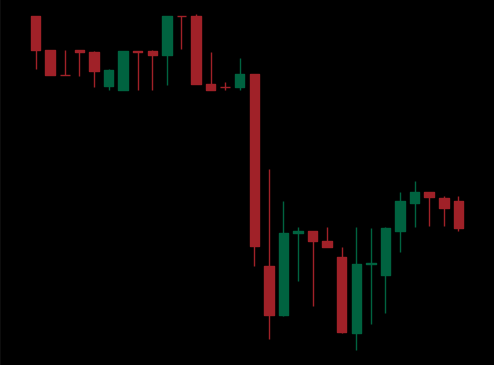
Pattern: unclassified